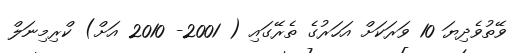
ވޭތުވެދިޔަ 10 ވަރަކަށް އަހަރުގެ ތެރޭގައި ( 2001- 2010 އަށް) ކްރިމިނަލް